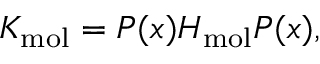
K _ { \mathrm { m o l } } = P ( x ) H _ { \mathrm { m o l } } P ( x ) ,